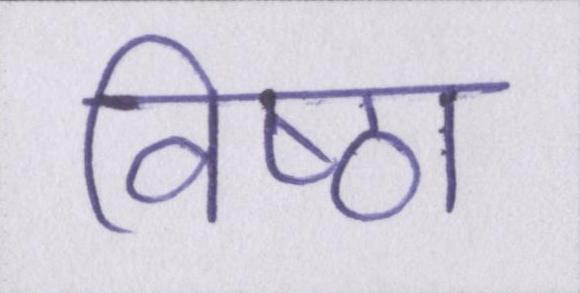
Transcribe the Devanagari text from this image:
विष्ठा